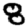
Digit: 8